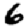
Digit: 6